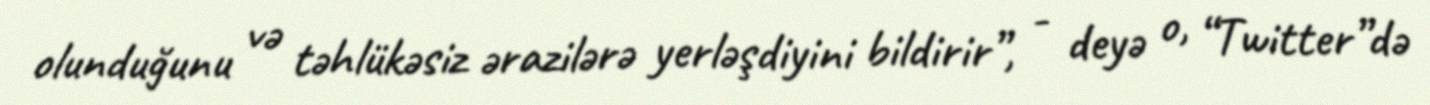
olunduğunu və təhlükəsiz ərazilərə yerləşdiyini bildirir”, - deyə o, “Twitter”də